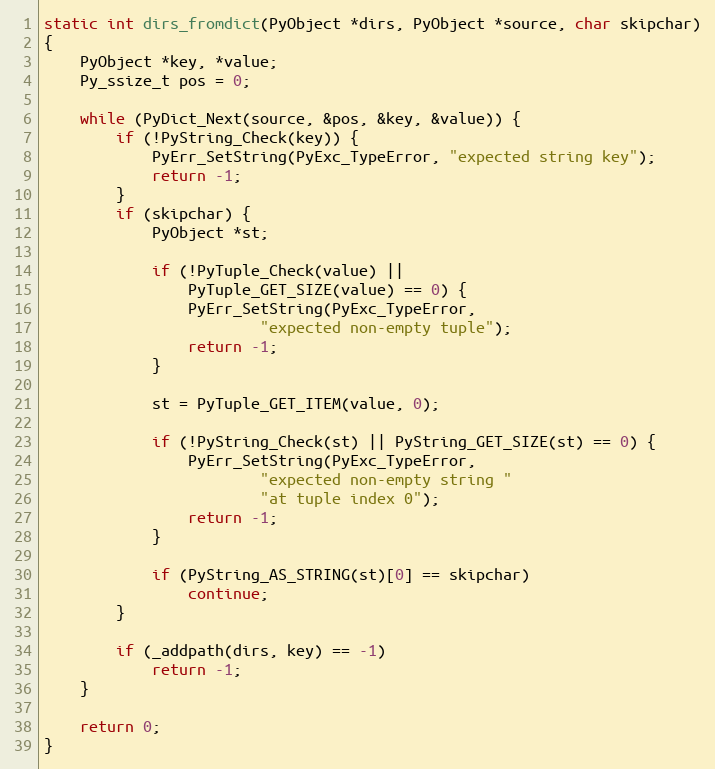
Language: C
static int dirs_fromdict(PyObject *dirs, PyObject *source, char skipchar)
{
	PyObject *key, *value;
	Py_ssize_t pos = 0;

	while (PyDict_Next(source, &pos, &key, &value)) {
		if (!PyString_Check(key)) {
			PyErr_SetString(PyExc_TypeError, "expected string key");
			return -1;
		}
		if (skipchar) {
			PyObject *st;

			if (!PyTuple_Check(value) ||
			    PyTuple_GET_SIZE(value) == 0) {
				PyErr_SetString(PyExc_TypeError,
						"expected non-empty tuple");
				return -1;
			}

			st = PyTuple_GET_ITEM(value, 0);

			if (!PyString_Check(st) || PyString_GET_SIZE(st) == 0) {
				PyErr_SetString(PyExc_TypeError,
						"expected non-empty string "
						"at tuple index 0");
				return -1;
			}

			if (PyString_AS_STRING(st)[0] == skipchar)
				continue;
		}

		if (_addpath(dirs, key) == -1)
			return -1;
	}

	return 0;
}